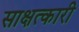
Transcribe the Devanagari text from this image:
साक्षत्कारी